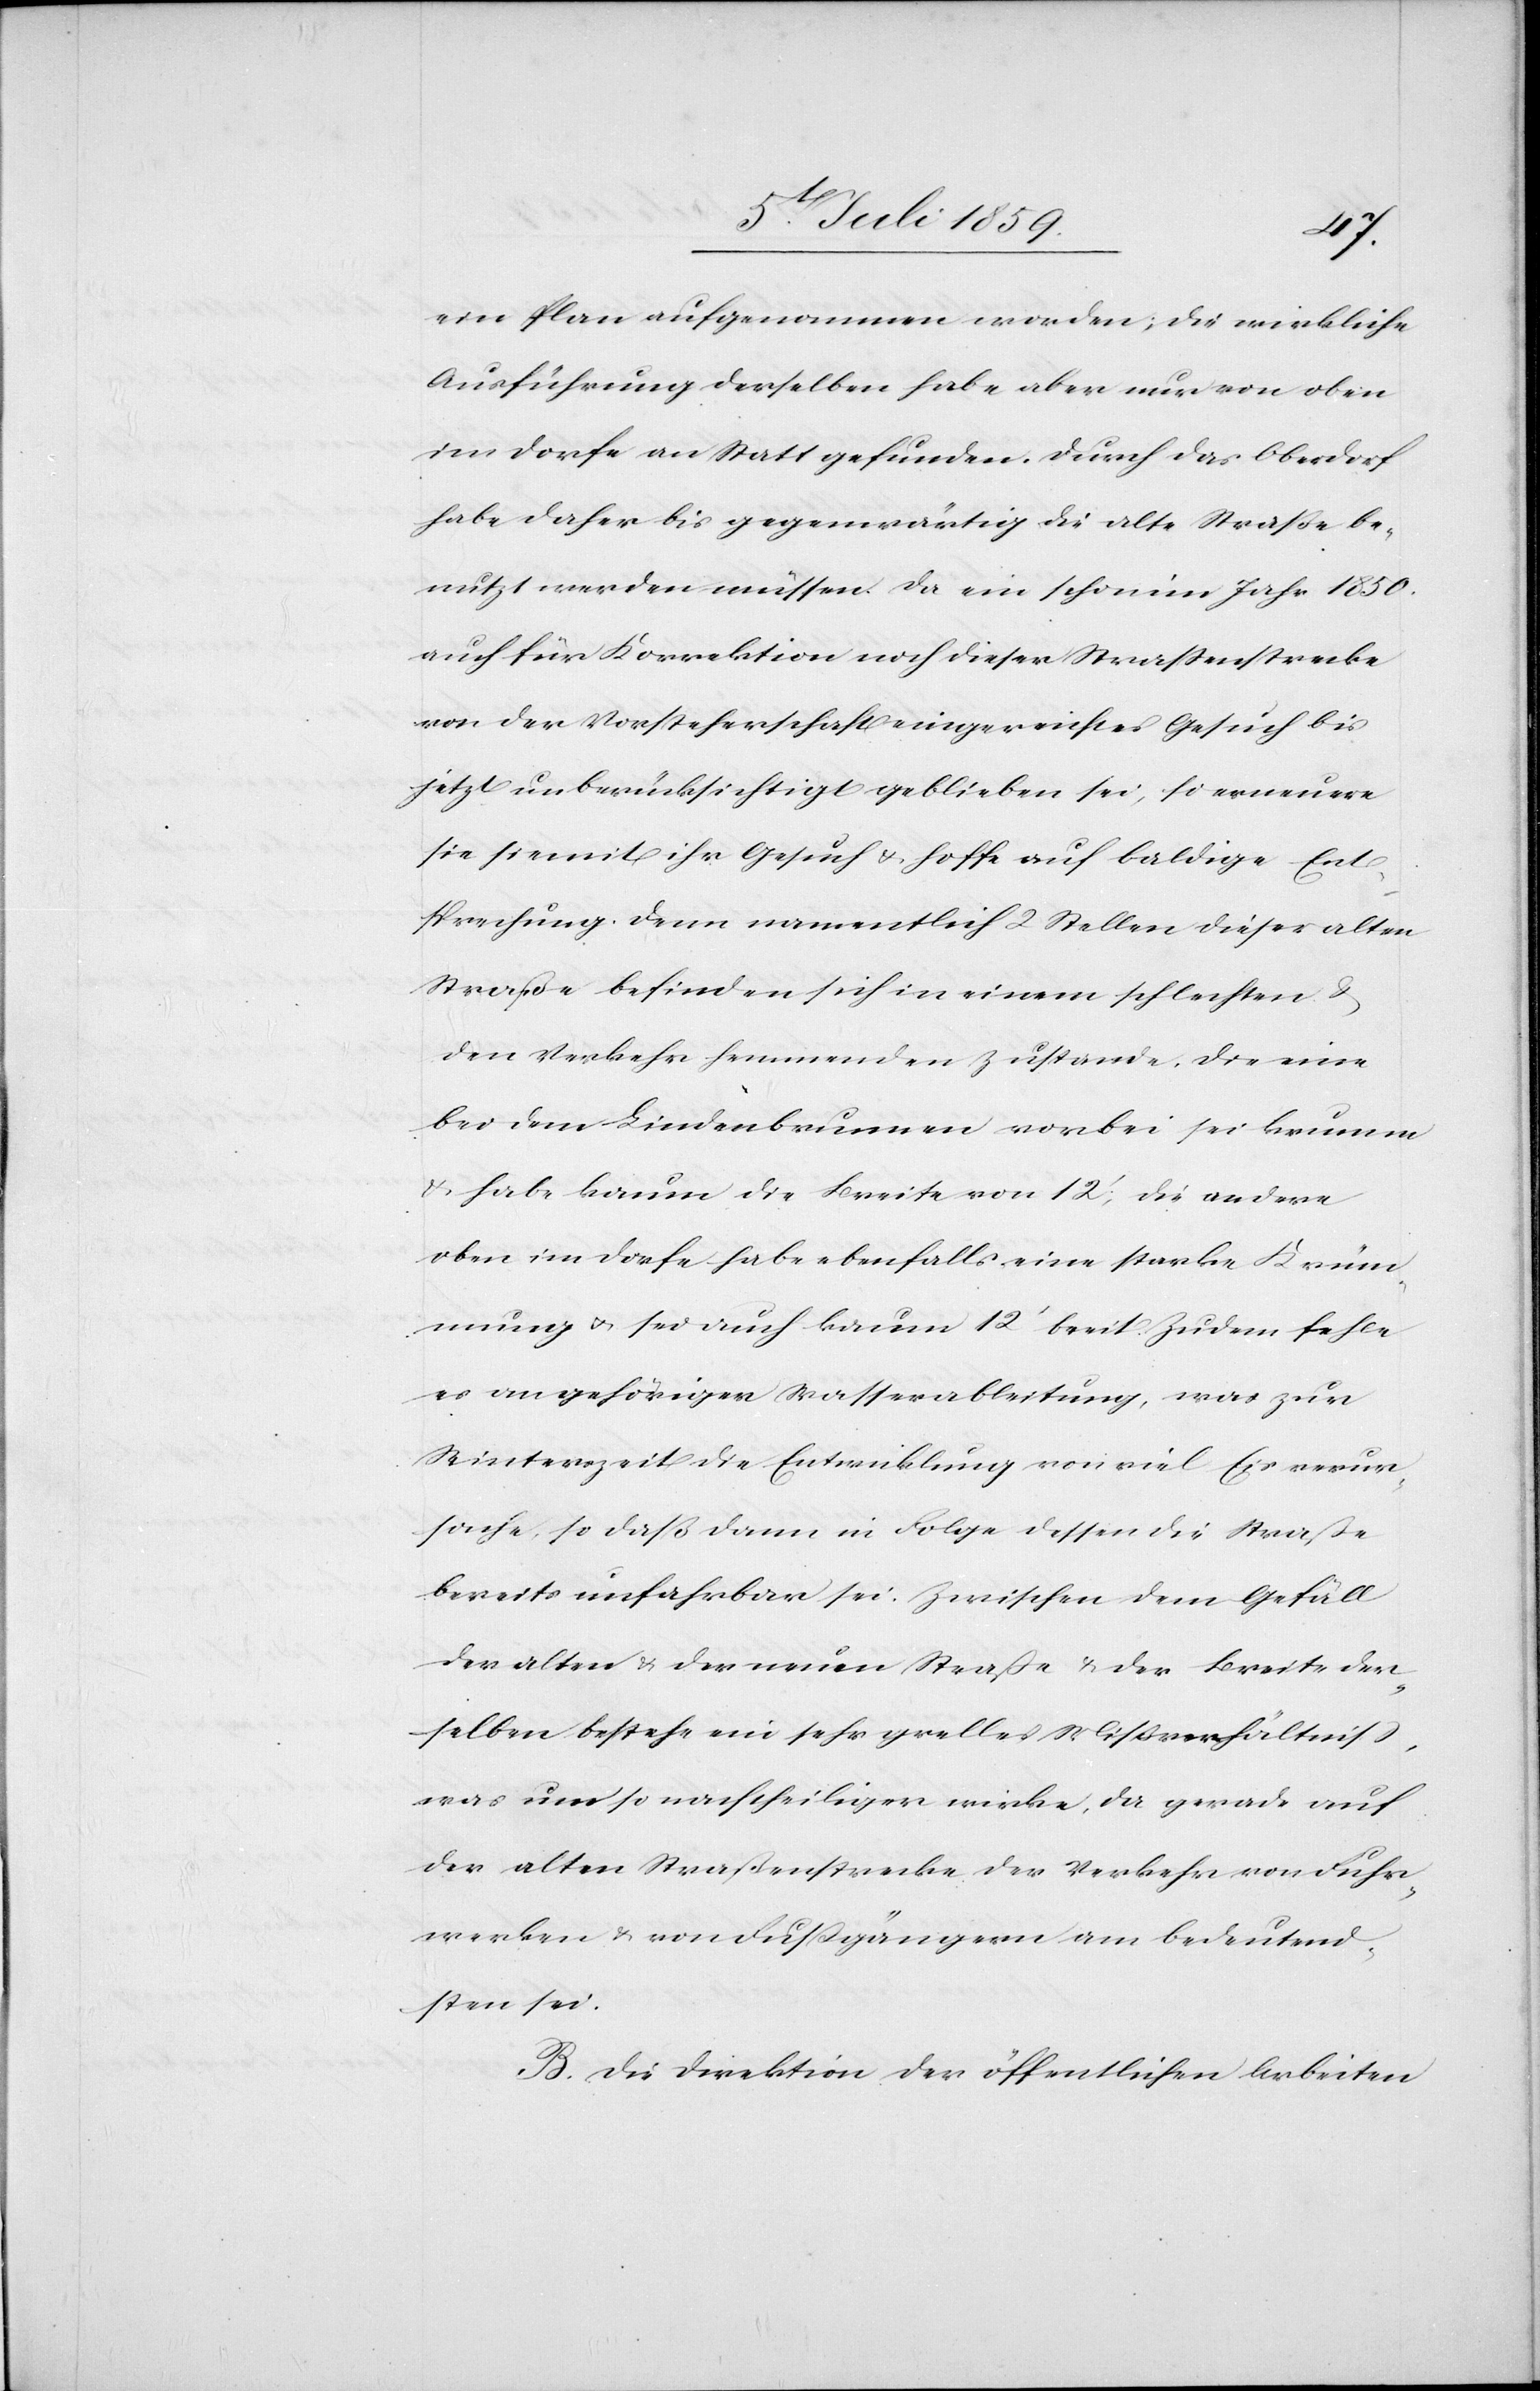
ein Plan aufgenommen worden; die wirkliche
Ausführung derselben habe aber nur von oben
im Dorfe an Statt gefunden. Durch das Oberdorf
habe daher bis gegenwärtig die alte Straße be¬
nutzt werden müssen da ein schon im Jahr 1850.
auch für Korrektion nach dieser Straßenstrecke
von der Vorsteherschaft eingereichtes Gesuch bis
jetzt unberücksichtigt geblieben sei; so erneuere
sie hiemit ihr Gesuch u. hoffe auf baldige Ent¬
sprechung denn namentlich 2 Stellen dieser alten
Straße befinden sich in einem schlechten u.
den Verkehr hemmenden Zustande, die eine
bei dem Lindenbrunnen vorbei sei krumm
u. habe kaum die Breite von 12’, die andere
oben im Dorfe habe ebenfalls eine starke Krüm¬
mung u. sei auch kaum 12’ breit. Zudem fehle
es an gehöriger Wasserableitung, was zur
Winterzeit die Entwicklung von viel Eis verur¬
sache, so daß dann in Folge dessen die Straße
bereits unfahrbar sei. Zwischen dem Gefäll
der alten u. der neuen Straße u. der Breite der¬
selben bestehe ein sehr grelles Mißverhältniß,
was umso nachtheiliger wirke, da gerade auf
der alten Straßenstrecke der Verkehr von Fuhr¬
werken u. von Fußgängern am bedeutend¬
sten sei.
B. Die Direktion der öffentlichen Arbeiten